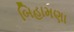
બિહામણા